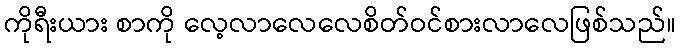
ကိုရီးယား စာကို လေ့လာလေလေစိတ်ဝင်စားလာလေဖြစ်သည်။